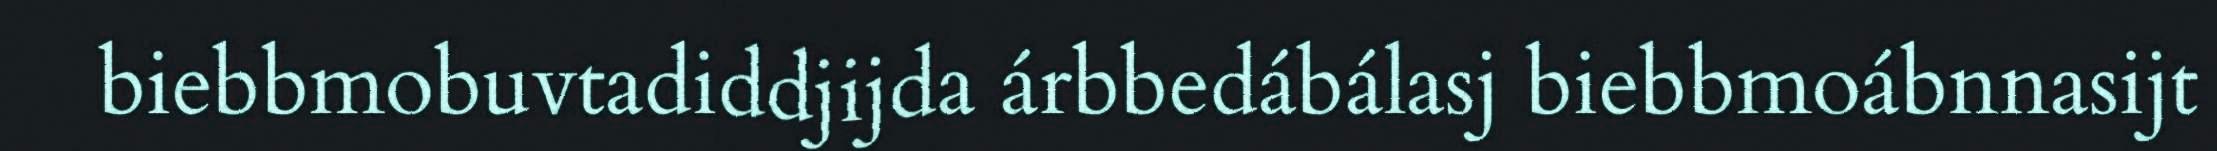
biebbmobuvtadiddjijda árbbedábálasj biebbmoábnnasijt